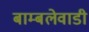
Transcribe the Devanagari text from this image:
बाम्बलेवाडी